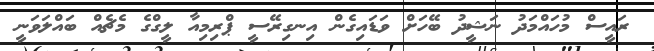
ރައީސް މުހައްމަދު ނަޝީދު ބޭހަށް ވަޑައިގެން އިނގިރޭސީ ޕްރިމިއާ ލީގްގެ މެޗެއް ބައްލަވަނީ